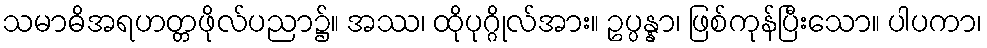
သမာဓိအရဟတ္တဖိုလ်ပညာ၌။ အဿ၊ ထိုပုဂ္ဂိုလ်အား။ ဥပ္ပန္နာ၊ ဖြစ်ကုန်ပြီးသော။ ပါပကာ၊